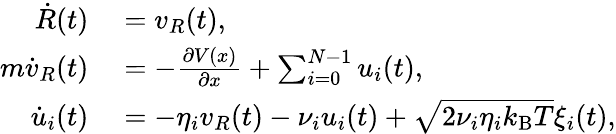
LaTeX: \begin{array}{rl}{\dot{R}(t)}&{{}=v_{R}(t),}\\ {m\dot{v}_{R}(t)}&{{}=-\frac{\partial V(x)}{\partial x}+\sum_{i=0}^{N-1}u_{i}(t),}\\ {\dot{u}_{i}(t)}&{{}=-\eta_{i}v_{R}(t)-\nu_{i}u_{i}(t)+\sqrt{2\nu_{i}\eta_{i}k_{\mathrm{B}}T}\xi_{i}(t),}\end{array}